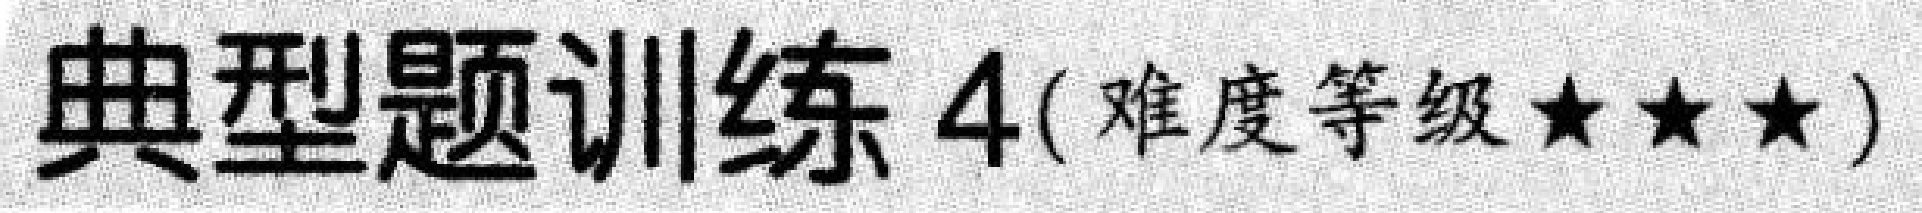
典型题训练 4(难度等级$\star\star\star$)